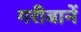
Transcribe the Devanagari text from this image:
गरीबानें